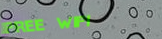
FREE WIFI